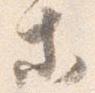
等